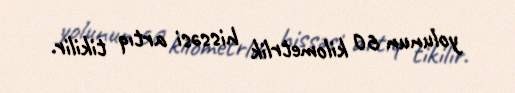
yolunun 60 kilometrlik hissəsi artıq tikilir.